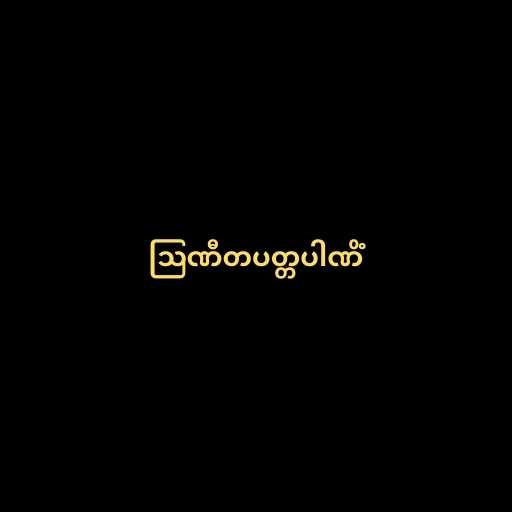
ဩဏီတပတ္တပါဏိံ